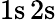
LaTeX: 1\mathrm{s}\, 2\mathrm{s}